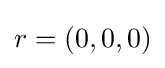
r=(0,0,0)